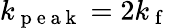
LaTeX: k_{\mathrm{~p~e~a~k~}}=2k_{\mathrm{~f~}}